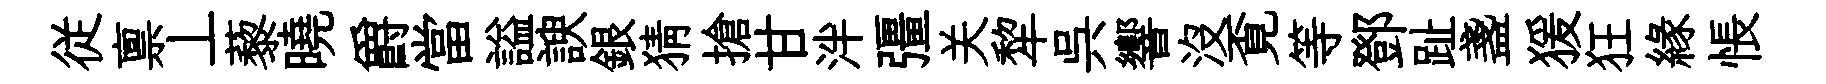
従禀丄藜曉爵當謚諛銀猜搶甘泮彊关犂呉響没覔等鄧趾盞猨狂緣悵